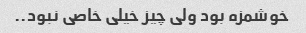
خوشمزه بود ولی چیز خیلی خاصی نبود..